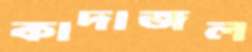
কাদাজল